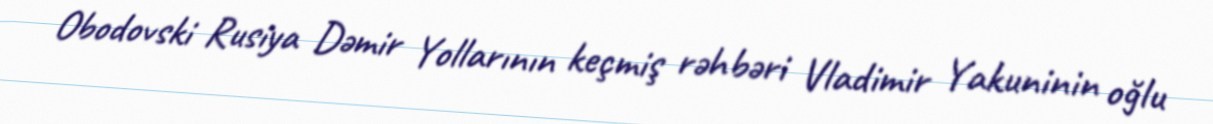
Obodovski Rusiya Dəmir Yollarının keçmiş rəhbəri Vladimir Yakuninin oğlu